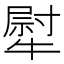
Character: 犚